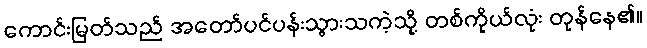
ကောင်းမြတ်သည် အတော်ပင်ပန်းသွားသကဲ့သို့ တစ်ကိုယ်လုံး တုန်နေ၏။